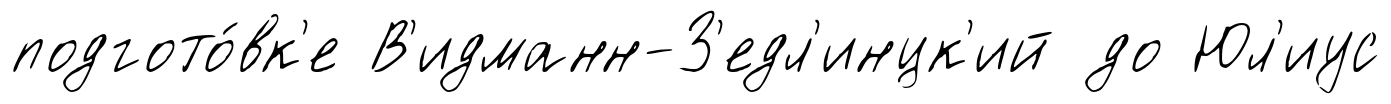
подгото́вк'е В'идманн-З'едл'инцк'ий до Юл'иус